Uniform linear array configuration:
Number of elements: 8
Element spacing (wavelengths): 0.5
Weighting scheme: kaiser
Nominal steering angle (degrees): -60
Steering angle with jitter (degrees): -60.015
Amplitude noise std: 0.05
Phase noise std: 0.05

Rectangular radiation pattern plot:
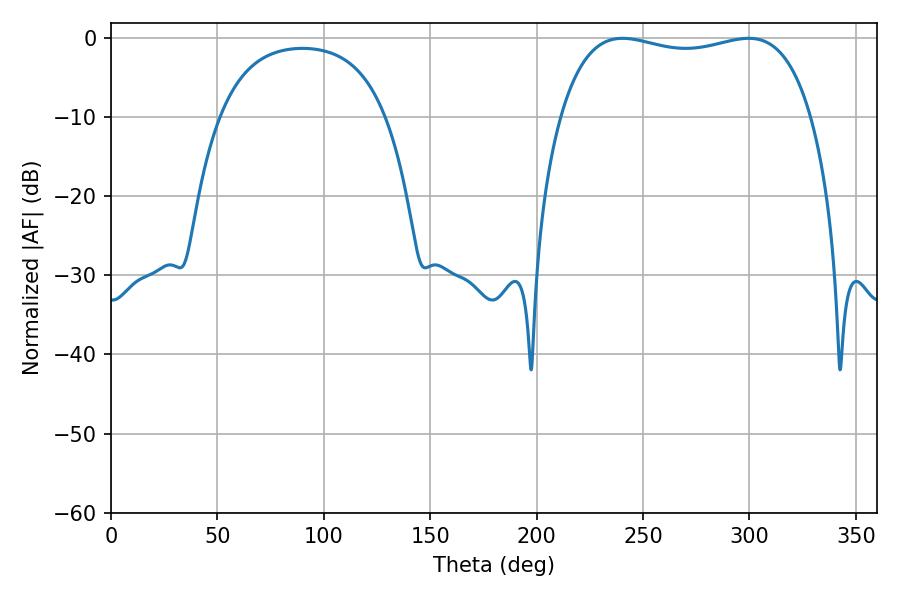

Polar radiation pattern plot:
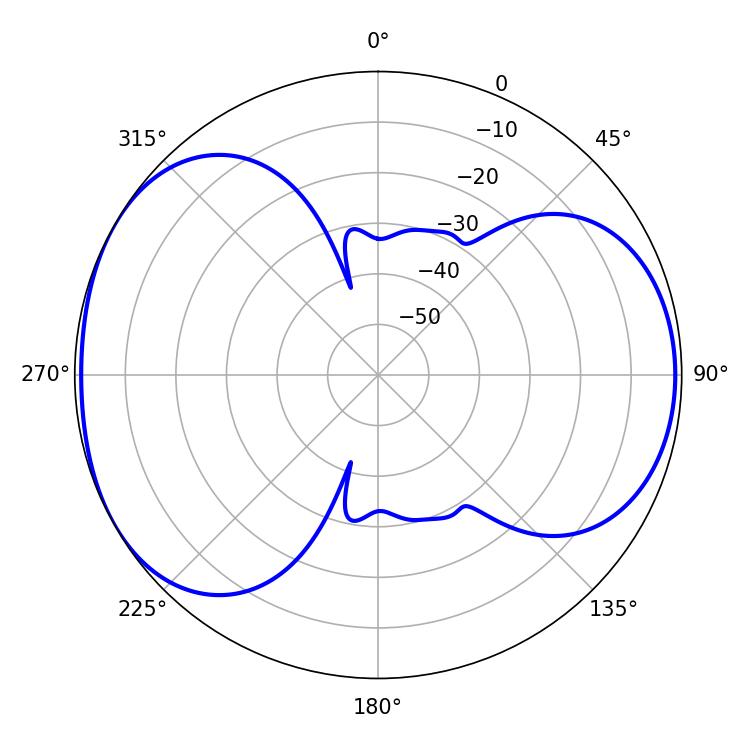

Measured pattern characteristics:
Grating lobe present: FALSE
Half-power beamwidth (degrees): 95.76
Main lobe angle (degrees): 299.7